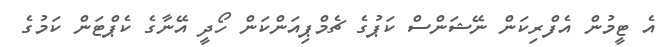
އެ ޓީމުން އެފްރިކަން ނޭޝަންސް ކަޕުގެ ޗެމްޕިއަންކަން ހޯދީ އޭނާގެ ކެޕްޓަން ކަމުގެ